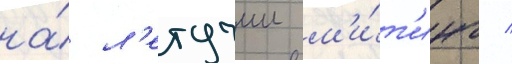
на́ л'етучии м'и́т'инг /